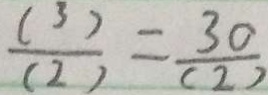
\frac { ( 3 ) } { ( 2 ) } = \frac { 3 0 } { ( 2 ) }